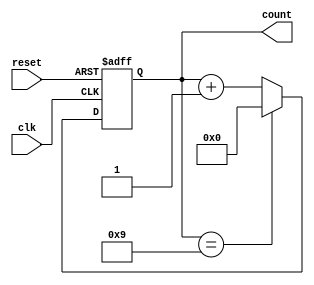
module contador_sincrono_modulo9 (output [3:0] count, input clk, input reset);
  reg [3:0] count;

  always @(posedge clk or posedge reset) begin
    if (reset)
      count <= 4'b0000; // Inicializa com 0
    else if (count == 4'b1001) // Quando atinge 9
      count <= 4'b0000; // Reinicia em 0
    else
      count <= count + 1;
  end
endmodule